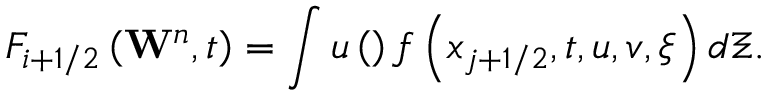
{ { F } _ { i + 1 / 2 } } \left( { { \mathbf { W } } ^ { n } } , t \right) = \int { u \left( \begin{array} { r l } \end{array} \right) f \left( { { x } _ { j + 1 / 2 } } , t , u , v , \xi \right) d \Xi . }